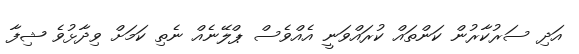
އަދި ސަރުކާރުން ކަންތައް ކުރައްވަނީ އެއްވެސް ޕްލޭނެއް ނެތި ކަމަށް ވިދާޅުވެ ޝިފާ